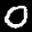
Label: 0